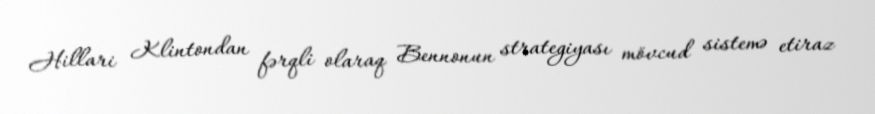
Hillari Klintondan fərqli olaraq Bennonun strategiyası mövcud sistemə etiraz